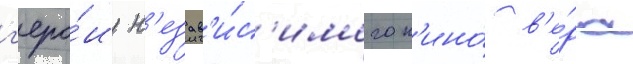
г'еро́и н'езав'и́с'имого к'ино́ в'е́ра